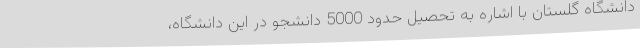
دانشگاه گلستان با اشاره به تحصیل حدود 5000 دانشجو در این دانشگاه،